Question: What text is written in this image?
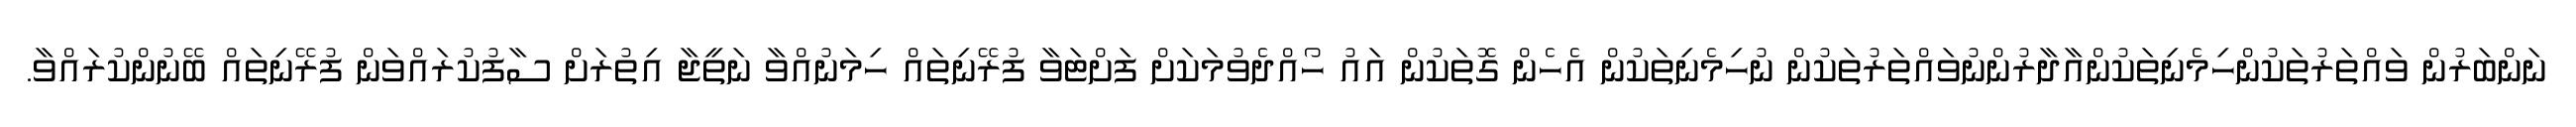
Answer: ނަންބަރުން ވައްތަރުތަކުންހިމެނިތަކުންއާދާރުންނުވައްތަރުތަކުން ނުހިމެނިތަކުން އެހެން ގޮތަކުން އައު ހޯއްދެވުމަކަށް ފަށްޓަވާ ފުރޭނިތައް ހިމަނުއްވާ ނަތީޖާ އިތުރަށް ސާފުކުރައްވަން ފުރޭނިތައް ބޭނުންކުރައްވާ.